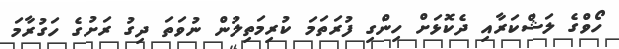
ހޯވްގެ ލަޝްކަރާއި ދެކޮޅަށް ހިންގި ފުރަތަމަ ކުރިމަތިލުން ނުވަތަ ދިގު ރަށުގެ ހަގުރާމަ